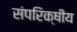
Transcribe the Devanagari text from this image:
संपरिक्षीय